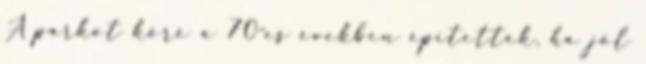
A parkot köré a 70-es években építették, ha jól